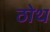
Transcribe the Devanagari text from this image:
ठोथ